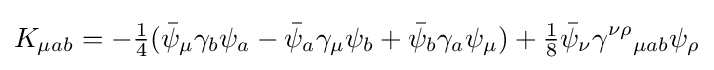
K_{\mu ab}=-{\tfrac {1}{4}}({\bar {\psi }}_{\mu }\gamma _{b}\psi _{a}-{\bar {\psi }}_{a}\gamma _{\mu }\psi _{b}+{\bar {\psi }}_{b}\gamma _{a}\psi _{\mu })+{\tfrac {1}{8}}{\bar {\psi }}_{\nu }\gamma ^{\nu \rho }{}_{\mu ab}\psi _{\rho }